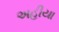
અહીયા